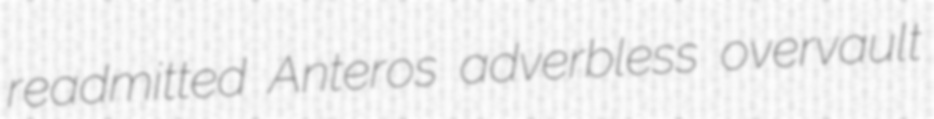
readmitted Anteros adverbless overvault